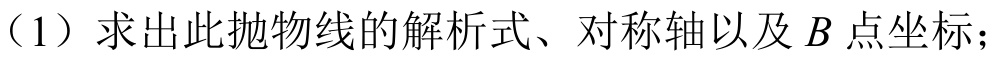
（1）求出此抛物线的解析式、对称轴以及\(B\)点坐标；